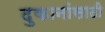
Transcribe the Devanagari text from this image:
दुकानांसाठी